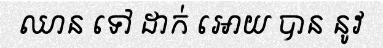
ឈាន ទៅ ដាក់ អោយ បាន នូវ